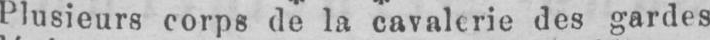
Plusieurs corps de la cavalerie des gardes